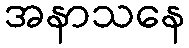
အနာသနေ